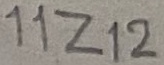
Text: 11Z12